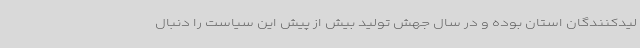
لیدکنندگان استان بوده و در سال جهش تولید بیش از پیش این سیاست را دنبال